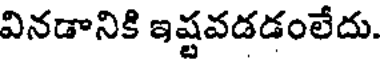
వినడానికి ఇష్టవడడంలేదు.